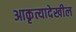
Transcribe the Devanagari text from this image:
आकृत्यादेखील